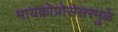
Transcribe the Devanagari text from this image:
मायक्रोप्रोसेसरमुळे